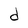
Character: d